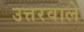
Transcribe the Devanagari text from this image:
उत्तरवाले